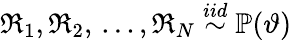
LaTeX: \mathfrak{R}_{1},\mathfrak{R}_{2},\, ...,\mathfrak{R}_{N}\overset{iid}{\sim}\mathbb{P}(\vartheta)